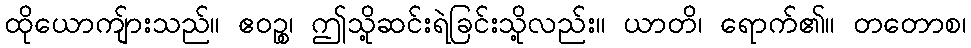
ထိုယောကျ်ားသည်။ ဧဝဉ္စ၊ ဤသို့ဆင်းရဲခြင်းသို့လည်း။ ယာတိ၊ ရောက်၏။ တတောစ၊